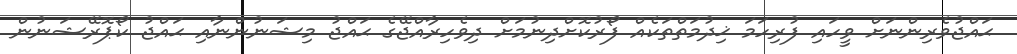
ޙައްޖުވެރިންނަށް ވީހައި ފުރިހަމަ ޚިދުމަތްތަކެއް ފޯރުކޮށްދިނުމަށް ދިވެހިރާއްޖޭގެ ޙައްޖު މިޝަނުންނާއި ޙައްޖު ކޯޕޮރޭޝަނުން